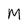
Character: M